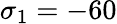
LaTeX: \sigma_{1}=-60